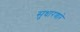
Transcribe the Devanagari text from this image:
सुधारणारे